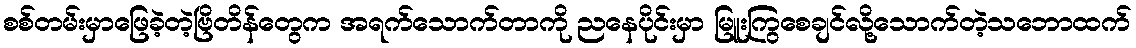
စစ်တမ်းမှာဖြေခဲ့တဲ့ဗြိတိန်တွေက အရက်သောက်တာကို ညနေပိုင်းမှာ မြူးကြွစေချင်လို့သောက်တဲ့သဘောထက်